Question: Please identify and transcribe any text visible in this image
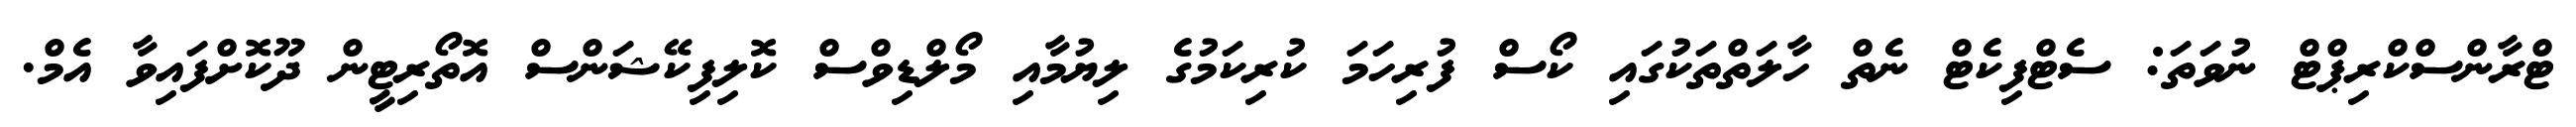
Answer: ޓްރާންސްކްރިޕްޓް ނުވަތަ: ސެޓްފިކެޓް ނެތް ހާލަތްތަކުގައި ކޯސް ފުރިހަމަ ކުރިކަމުގެ ލިޔުމާއި މޯލްޑިވްސް ކޮލިފިކޭޝަންސް އޮތޯރިޓީން ދޫކޮށްފައިވާ އެމް.